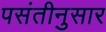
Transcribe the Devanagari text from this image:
पसंतीनुसार